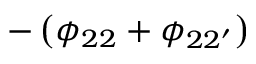
- \left( \phi _ { 2 2 } + \phi _ { 2 2 ^ { \prime } } \right)